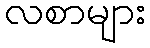
လစာများ